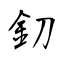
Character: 釖